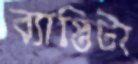
ব্যাপ্তিটা